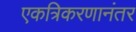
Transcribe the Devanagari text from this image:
एकत्रिकरणानंतर